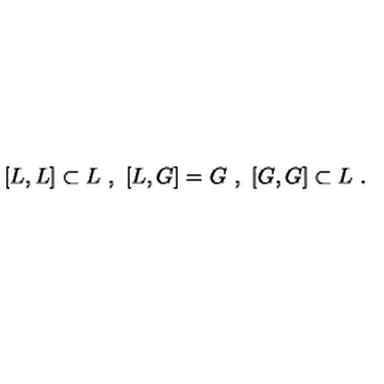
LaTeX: [ L , L ] \subset L \ , \ [ L , G ] = G \ , \ [ G , G ] \subset L \ .